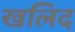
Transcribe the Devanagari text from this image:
खलिद